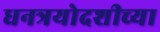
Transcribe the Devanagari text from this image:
धनत्रयोदशीच्या